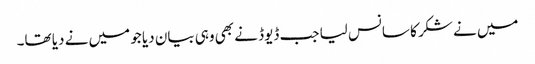
میں نے شکر کا سانس لیا جب ڈیوڈ نے بھی وہی بیان دیا جو میں نے دیا تھا۔